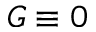
G \equiv 0